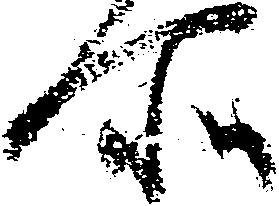
所